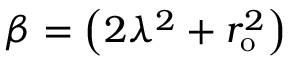
\beta = \left( 2 \lambda ^ { 2 } + r _ { \mathrm { { o } } } ^ { 2 } \right)